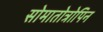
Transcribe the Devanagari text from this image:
सोमातोत्रोपिन